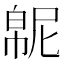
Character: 𫷍